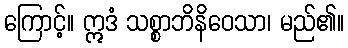
ကြောင့်။ ဣဒံ သစ္စာဘိနိဝေသာ၊ မည်၏။